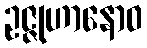
ဥဇ္ဇုဟာနောဝ